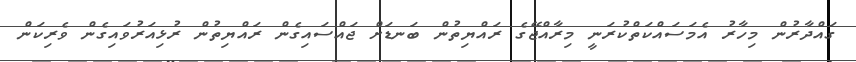
ގައްދާރުން މިހާރު އެމަސައްކަތްކުރަނީ މިރާއްޖޭގެ ރައްޔިތުން ބަނޑަށް ޖައްސައިގެން ރައްޔިތުން ރުޅިއަރުވައިގެން ވެރިކަން